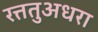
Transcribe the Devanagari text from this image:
रत्ततुअधरा